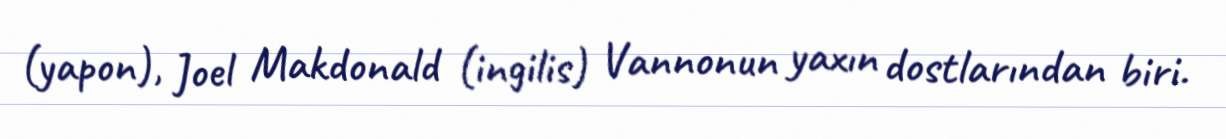
(yapon), Joel Makdonald (ingilis) Vannonun yaxın dostlarından biri.